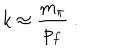
k \approx \frac { m _ { \pi } } { p _ { f } } \ .